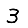
Digit: 3